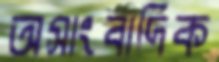
অসাংবাদিক